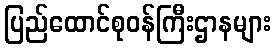
ပြည်ထောင်စုဝန်ကြီးဌာနများ